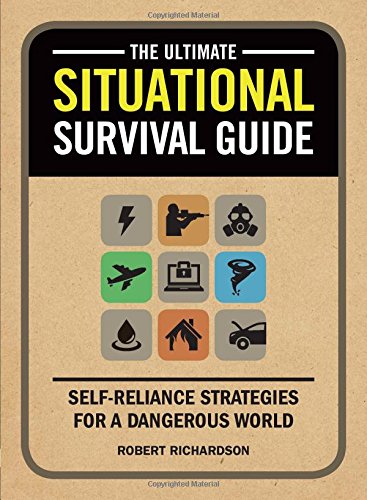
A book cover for The Ultimate Situational Survival Guide: Self-Reliance Strategies for a Dangerous World; Robert Richardson; Health, Fitness & Dieting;